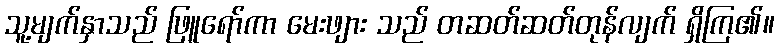
သူ့မျက်နှာသည် ဖြူရော်ကာ မေးဖျား သည် တဆတ်ဆတ်တုန်လျက် ရှိကြ၏။